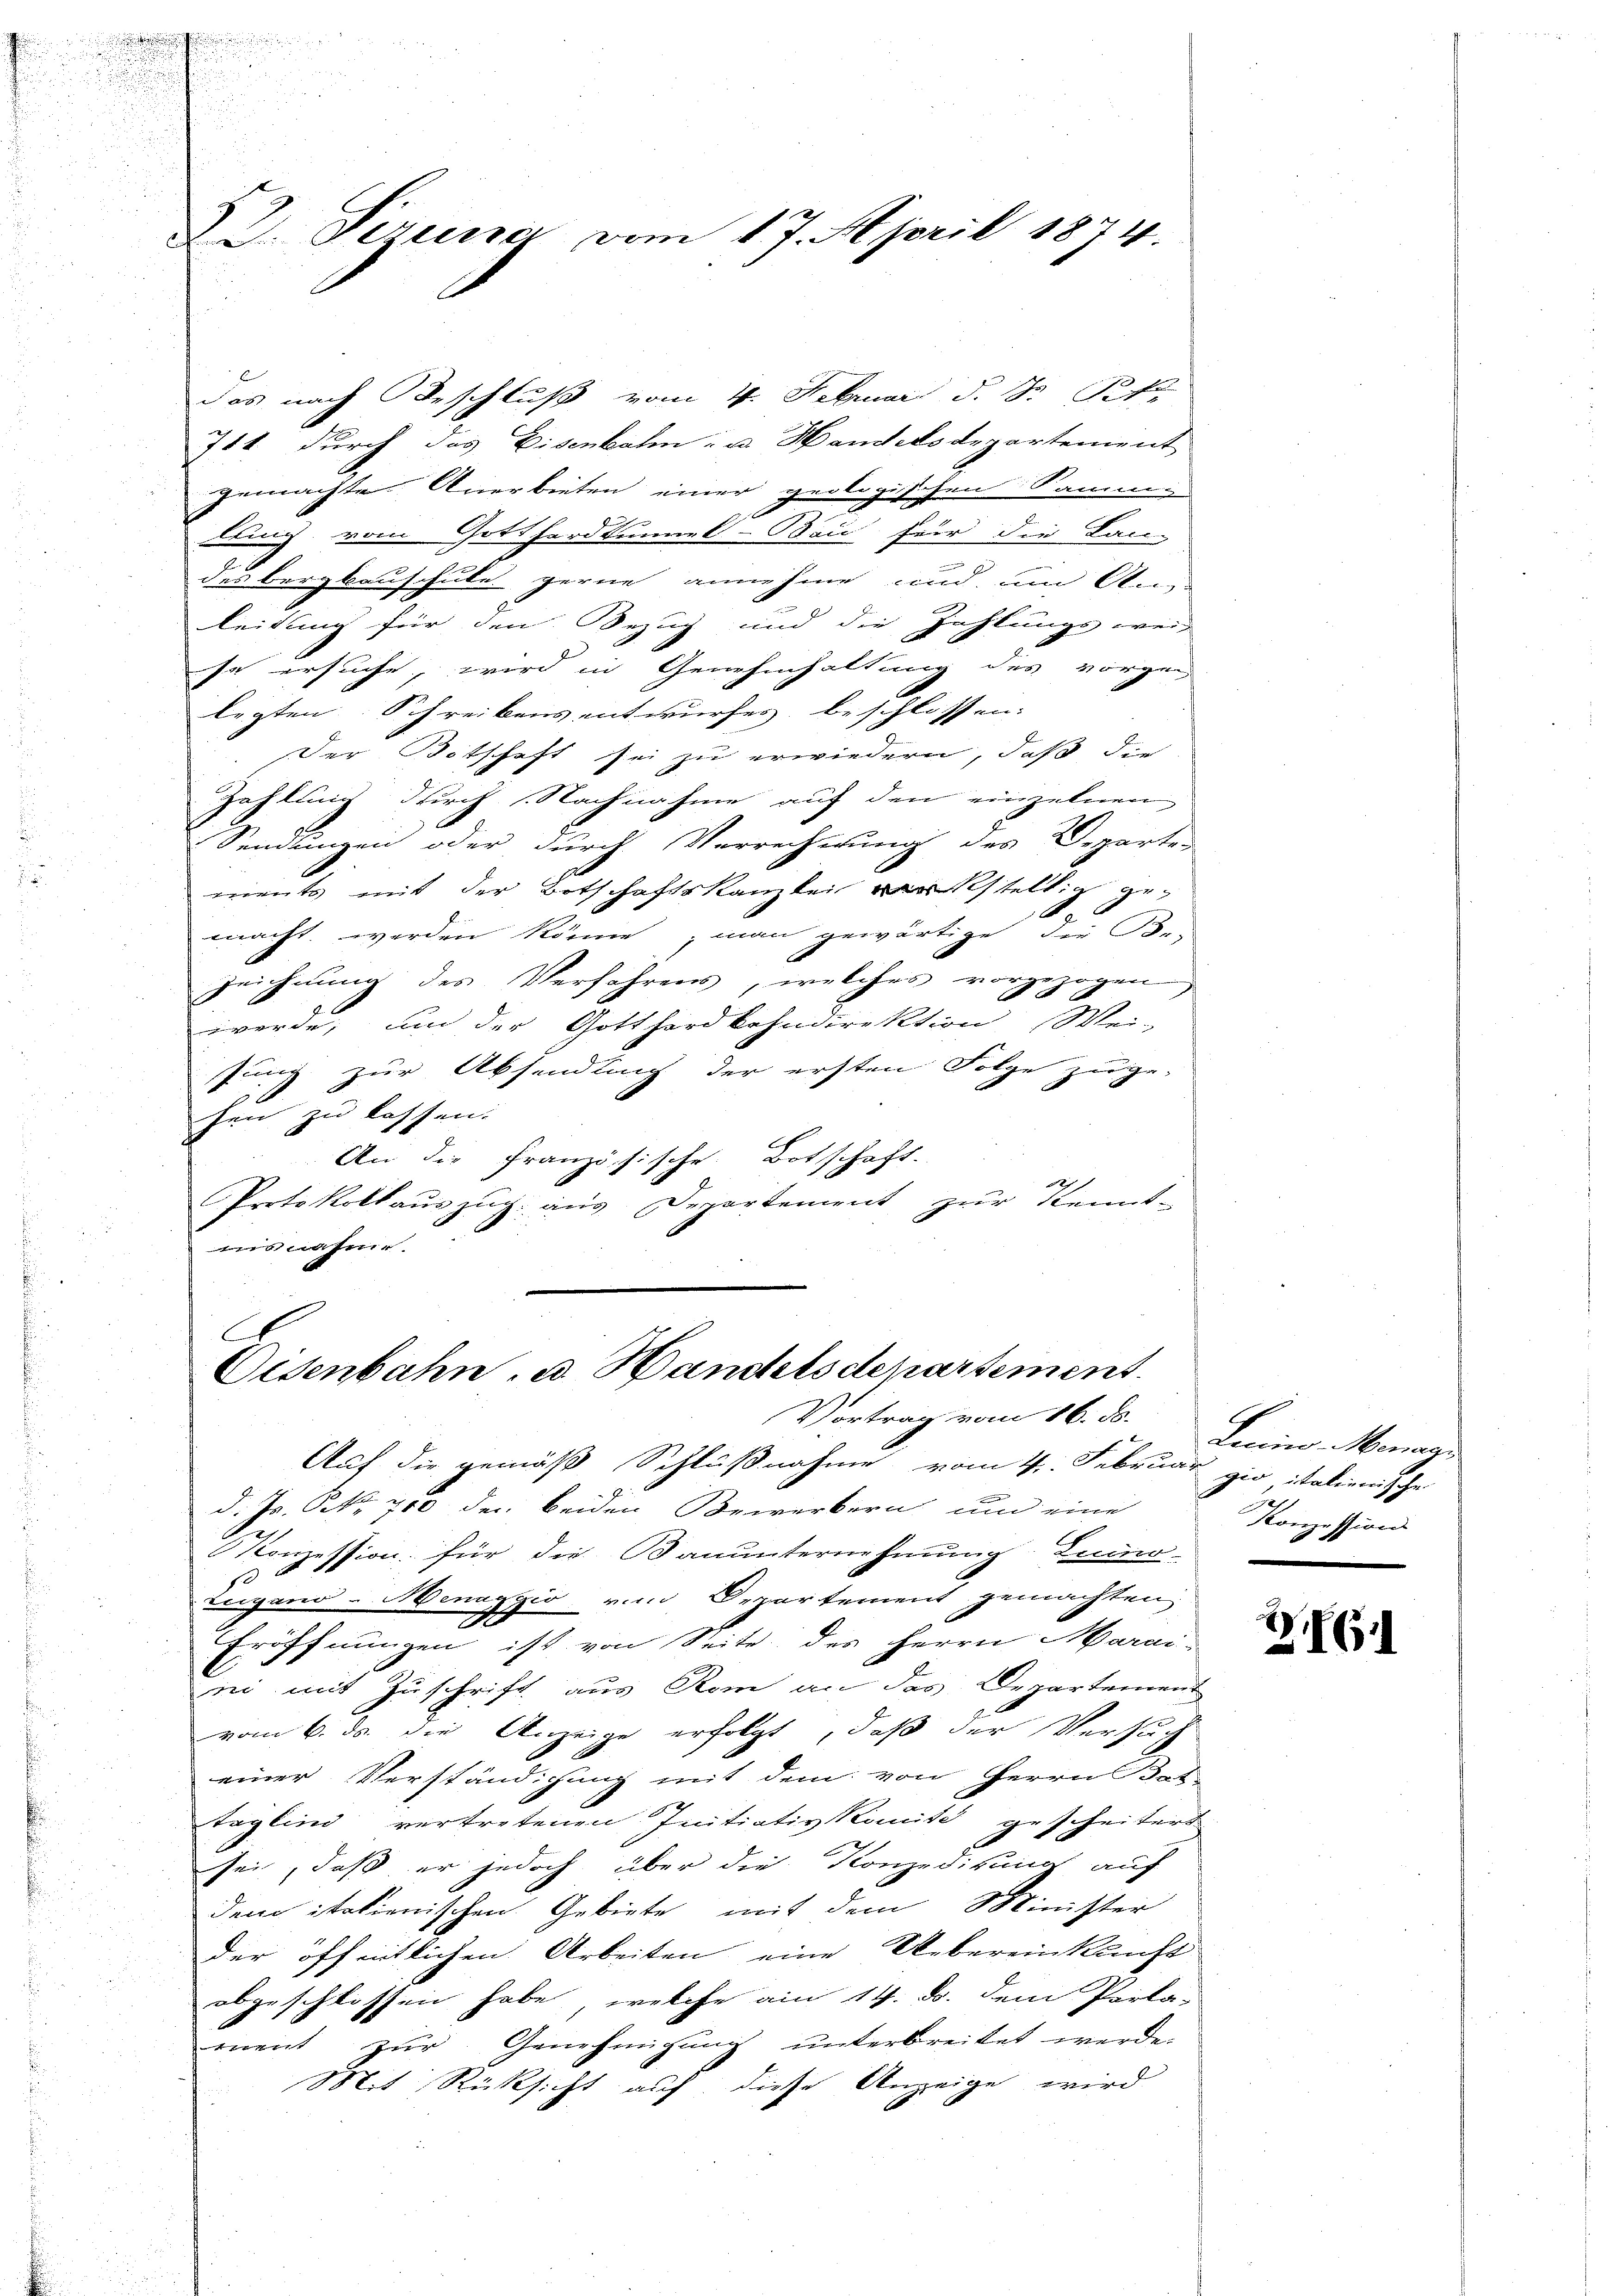
s

22. Perina vom 17. April 1874.

das nach Beschluß vom 4. Februar d. J. Pf
711 durch das Eisenbahn- u. Handelsdepartement
gemachte Anerbieten einer geologischen Samm
dling vom Gotthardtunnel-Bau für die Lan-
des Bergbauschule gerne annehme und um An-
leidung für den Bezug und die Zahlungsweis
se ersuche, wird in Genehmhaltung des vorgen
legten Schreibens entwurfes beschlossen.
der Botschaft sei zu erwiedern, daß die
Zahlung durch Nachnahme auf den einzelnen
Sendungen oder durch Verrecherung des Departen
ments mit der Botschaftskanzlei stellig gemacht werden könne; man gewärtige, die Be-
zeichnung des Verfahrens, welches vorgezogen
werde, um der Gotthardkohndirektion Wei-
sung zur Absendung der ersten Folge zuge-
hen zu lassen.
An die Französische Botschaft.
2
Protokollaŭszŭg aŭs Departement zŭr Kennt-
nis nahme.

C
Eisenbahn, u. Handelsdepartement.

Vortrag vom 16. ds.
Auf die gemäß Schlußnahme vom 4. Februar gio italienische
d. Js. NNo. 700 der beiden Bewerbern und eine
Konzession für die Bauunternehmung Luino
so
Beigano-Menaggio von Departement gemachten
d
Eröffnungen ist von Seite des Herrn Marai-
E
ii mit Zuschrift aus Rom an des Departement
vom 6. ds. die Anzeige erfolgt, daß der Versuch
einer Verständigung mit dem von Herrn Tat-
taglind vertretenen Initiativkomite gescheitert
sei, daß er jedoch über die Konzedikums auf
dem italienischen Gebiete mit dem Minister
der öffentlichen Arbeiten eine Uebereinkunft
abgeschlossen habe, welche am 14. B. dem Parla-
mnent zŭr Genehmigŭng unterbreitet werde.
Mit Rücksicht auf diese Anzeige wird

Linner Menage
Konzession

ZG.1